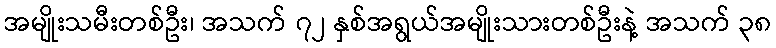
အမျိုးသမီးတစ်ဦး၊ အသက် ၇၂ နှစ်အရွယ်အမျိုးသားတစ်ဦးနဲ့ အသက် ၃၈